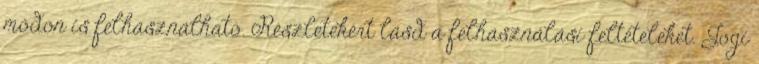
módon is felhasználható. Részletekért lásd a felhasználási feltételeket. Jogi